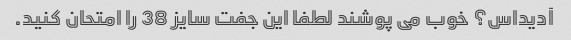
آدیداس؟ خوب می پوشند لطفا این جفت سایز 38 را امتحان کنید.